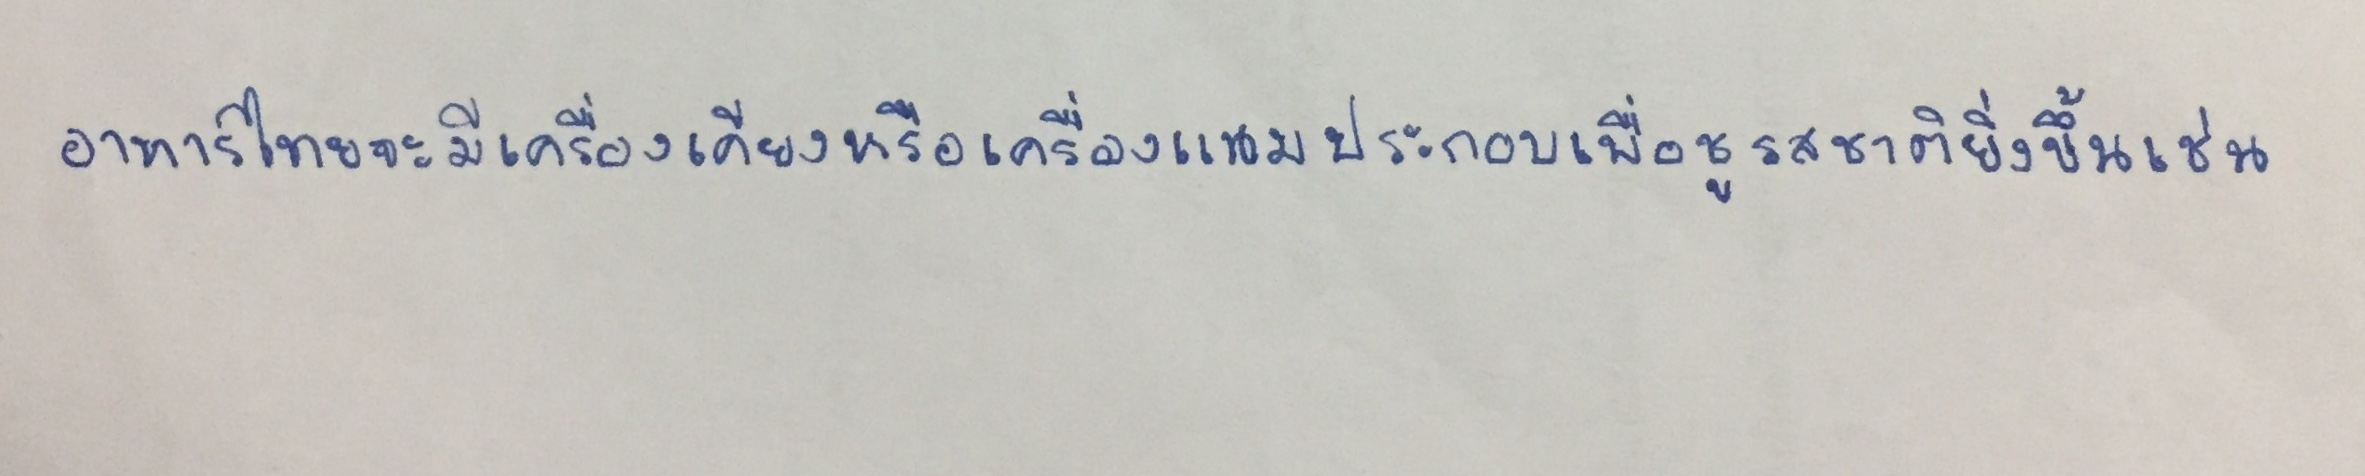
อาหารไทยจะมีเครื่องเคียงหรือเครื่องแนมประกอบเพื่อชูรสชาติยิ่งขึ้นเช่น